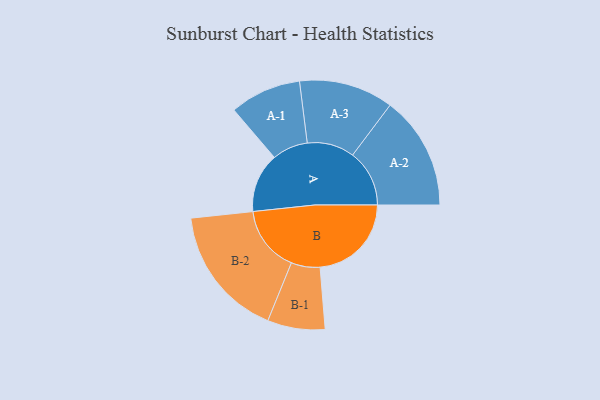
{"axis": {"x": "Segment", "y": "Value"}, "legend": ["", "A", "B"], "data": [{"x": "A", "y": 248, "type": ""}, {"x": "B", "y": 381, "type": ""}, {"x": "A-1", "y": 149, "type": "A"}, {"x": "A-2", "y": 237, "type": "A"}, {"x": "A-3", "y": 197, "type": "A"}, {"x": "B-1", "y": 120, "type": "B"}, {"x": "B-2", "y": 276, "type": "B"}]}